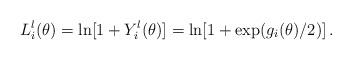
LaTeX: \begin{align*}L_{i}^{l}(\theta )=\ln [1+Y_{i}^{l}(\theta )]=\ln [1+\exp (g_{i}(\theta)/2)]\,. \end{align*}